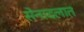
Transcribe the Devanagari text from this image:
सेनादलात